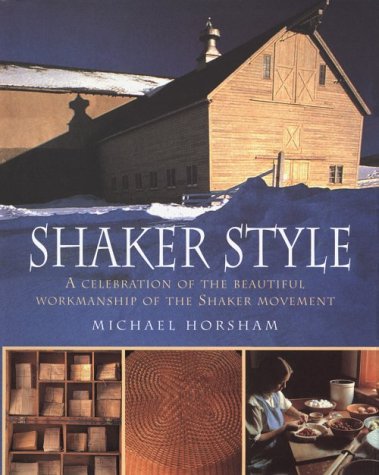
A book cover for Shaker Style; Michael Horsham; Arts & Photography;